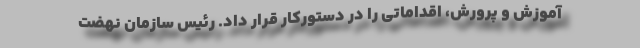
آموزش و پرورش، اقداماتی را در دستورکار قرار داد. رئیس سازمان نهضت